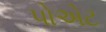
પોએટ